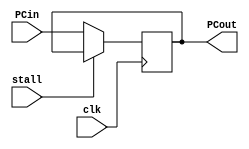
// Dont think we need this bad boy

module PC (PCin, PCout , clk, stall);
    input [31:0] PCin;
    input clk, stall;
    output [31:0] PCout;
    reg [31:0] PCout;
	 
    initial 
        PCout = 0;

	 always @(posedge clk) begin
		if (~stall) PCout = PCin;
	 end
	 
	
endmodule